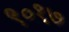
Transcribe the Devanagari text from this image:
९०१७